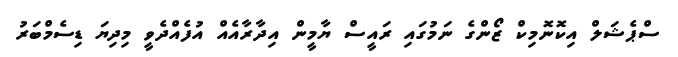
ސްޕެޝަލް އިކޮނޮމިކް ޒޯންގެ ނަމުގައި ރައީސް ޔާމީން އިދާރާއެއް އުފެއްދެވީ މިދިޔަ ޑިސެމްބަރު